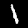
Digit: 1